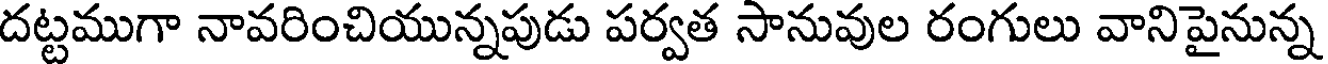
దట్టముగా నావరించియున్నపుడు పర్వత సానువుల రంగులు వానిపైనున్న